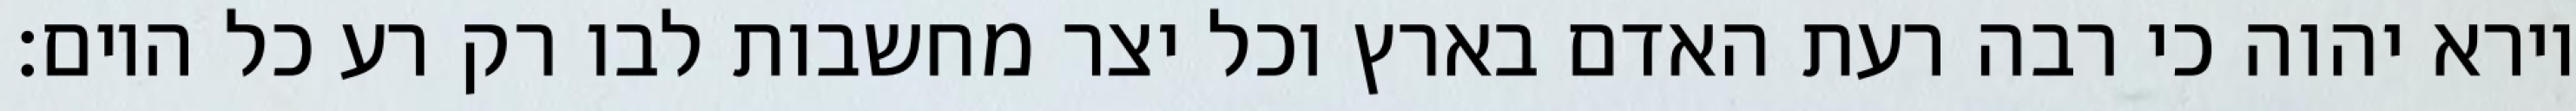
וירא יהוה כי רבה רעת האדם בארץ וכל יצר מחשבות לבו רק רע כל היום׃